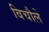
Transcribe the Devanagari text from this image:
बिचौले